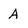
Character: a